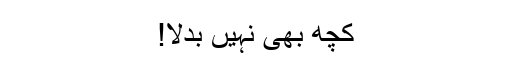
کچھ بھی نہیں بدلا!